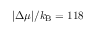
| \Delta \mu | / k _ { \mathrm { B } } = 1 1 8